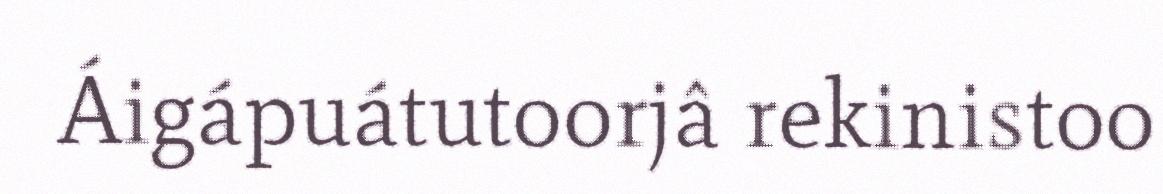
Áigápuátutoorjâ rekinistoo